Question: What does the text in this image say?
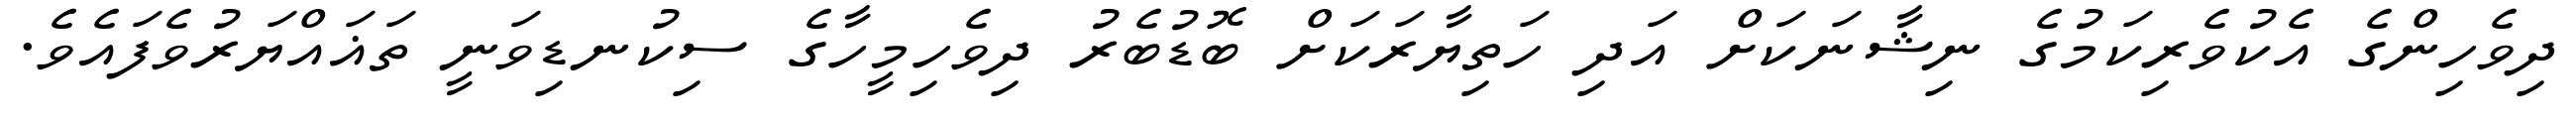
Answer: ދިވެހިންގެ އެކުވެރިކަމުގެ ނިޝާނަކަށް އަދި ހަތިޔާރަކަށް ބޮޑުބެރު ދިވެހިމީހާގެ ސިކުނޑިވަނީ ތަޣައްޔަރުވެފައެވެ.